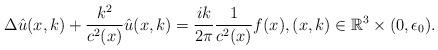
LaTeX: \begin{align*}\Delta \hat u(x, k)+\frac{k^2}{c^2(x)} \hat u(x, k)=\frac{ik}{2\pi}\frac{1}{c^2(x)} f(x),(x, k)\in\mathbb{R}^3\times (0, \epsilon_0).\end{align*}